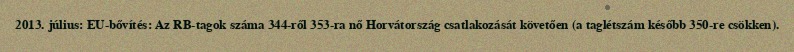
2013. július: EU-bővítés: Az RB-tagok száma 344-ről 353-ra nő Horvátország csatlakozását követően (a taglétszám később 350-re csökken).